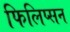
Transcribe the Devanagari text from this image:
फिलिप्सन